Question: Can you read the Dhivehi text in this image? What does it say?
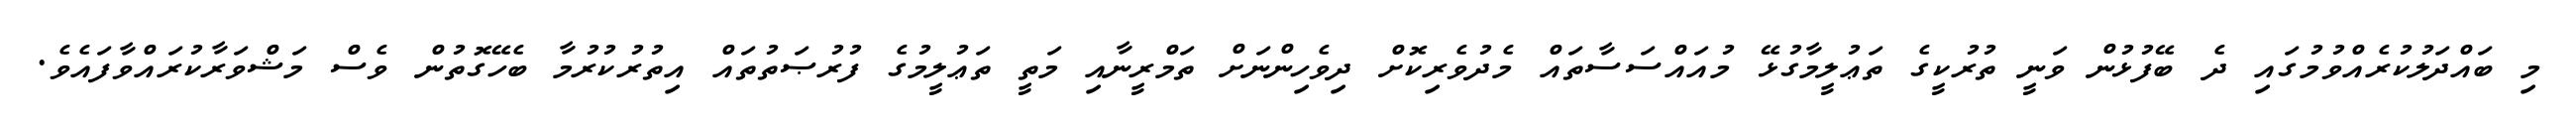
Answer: މި ބައްދަލުކުރެއްވުމުގައި ދެ ބޭފުޅުން ވަނީ ތުރުކީގެ ތަޢުލީމާގުޅޭ މުއައްސަސާތައް މެދުވެރިކޮށް ދިވެހިންނަށް ތަމްރީނާއި މަތީ ތަޢުލީމުގެ ފުރުޞަތުތައް އިތުރުކުރުމާ ބެހޭގޮތުން ވެސް މަޝްވަރާކުރައްވާފައެވެ.